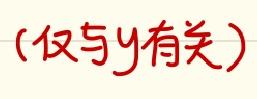
(仅与y有关)